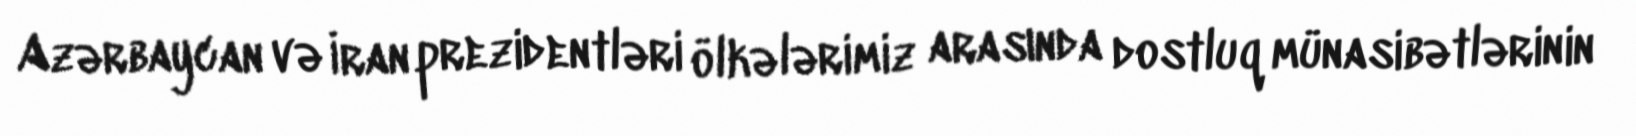
Azərbaycan və İran prezidentləri ölkələrimiz arasında dostluq münasibətlərinin